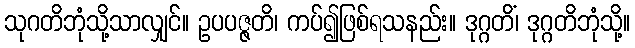
သုဂတိဘုံသို့သာလျှင်။ ဥပပဇ္ဇတိ၊ ကပ်၍ဖြစ်ရသနည်း။ ဒုဂ္ဂတိံ၊ ဒုဂ္ဂတိဘုံသို့။